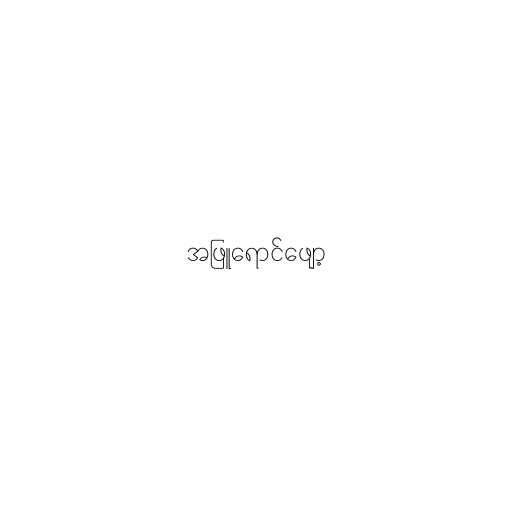
အဖြူရောင်ဖျော့